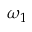
\omega _ { 1 }